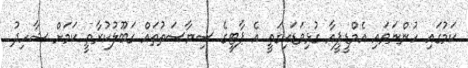
ކަމުގައި ހުންނަވައި އެމްޑީޕީއާ ގުޅިވަޑައިގަތީ އެ ޕާޓީގެ ސިޔާސަތުތައް ގަބޫލުކުރާތީ ކަމަށް ޝާހިދު